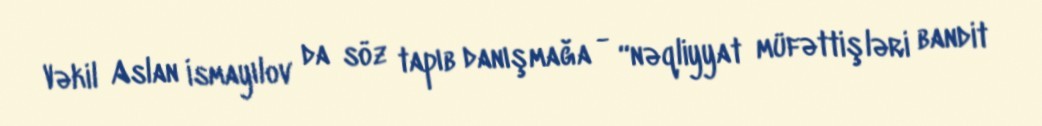
Vəkil Aslan İsmayılov da söz tapıb danışmağa - “nəqliyyat müfəttişləri bandit